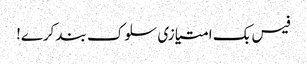
فیس بک امتیازی سلوک بند کرے!